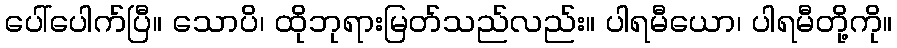
ပေါ်ပေါက်ပြီ။ သောပိ၊ ထိုဘုရားမြတ်သည်လည်း။ ပါရမီယော၊ ပါရမီတို့ကို။